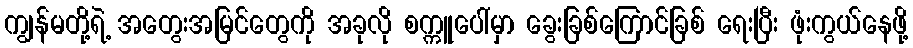
ကျွန်မတို့ရဲ့ အတွေးအမြင်တွေကို အခုလို စက္ကူပေါ်မှာ ခွေးခြစ်ကြောင်ခြစ် ရေးပြီး ဖုံးကွယ်နေဖို့